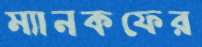
ম্যানকফের